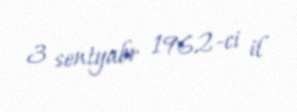
3 sentyabr 1962-ci il